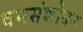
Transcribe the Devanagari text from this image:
वनसंशोधन